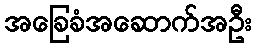
အခြေခံအဆောက်အဦး